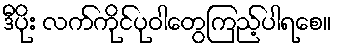
ဒီပိုး လက်ကိုင်ပုဝါတွေကြည့်ပါရစေ။